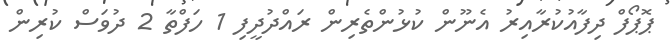
ޕޮޕޯފް ދިފާއުކުރާއިރު އެނޫން ކުޅުންތެރިން ރައްދުދީފި 1 ހަފްތާ 2 ދުވަސް ކުރިން